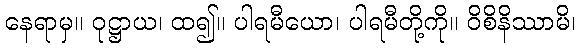
နေရာမှ။ ဝုဋ္ဌာယ၊ ထ၍။ ပါရမီယော၊ ပါရမီတို့ကို။ ဝိစိနိဿာမိ၊